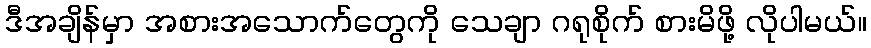
ဒီအချိန်မှာ အစားအသောက်တွေကို သေချာ ဂရုစိုက် စားမိဖို့ လိုပါမယ်။